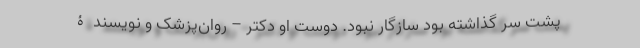
پشت سر گذاشته بود سازگار نبود. دوست او دکتر – روان‌پزشک و نویسندۀ